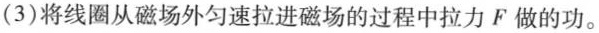
(3)将线圈从磁场外匀速拉进磁场的过程中拉力F做的功。